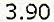
3.90